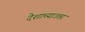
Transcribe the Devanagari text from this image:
देशाच्याउत्तर